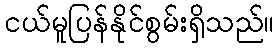
ငယ်မူပြန်နိုင်စွမ်းရှိသည်။